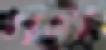
তন্তুকীট